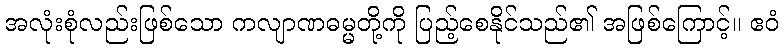
အလုံးစုံလည်းဖြစ်သော ကလျာဏဓမ္မတို့ကို ပြည့်စေနိုင်သည်၏ အဖြစ်ကြောင့်။ ဧဝံ